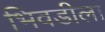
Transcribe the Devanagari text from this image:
भिवडीला